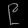
Digit: ၉